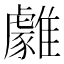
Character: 𩁋